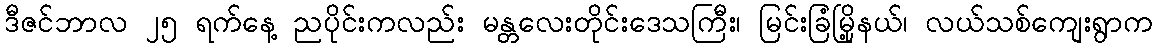
ဒီဇင်ဘာလ ၂၅ ရက်နေ့ ညပိုင်းကလည်း မန္တလေးတိုင်းဒေသကြီး၊ မြင်းခြံမြို့နယ်၊ လယ်သစ်ကျေးရွာက